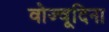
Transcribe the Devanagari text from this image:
वोज्वूदिना